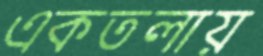
একতলায়